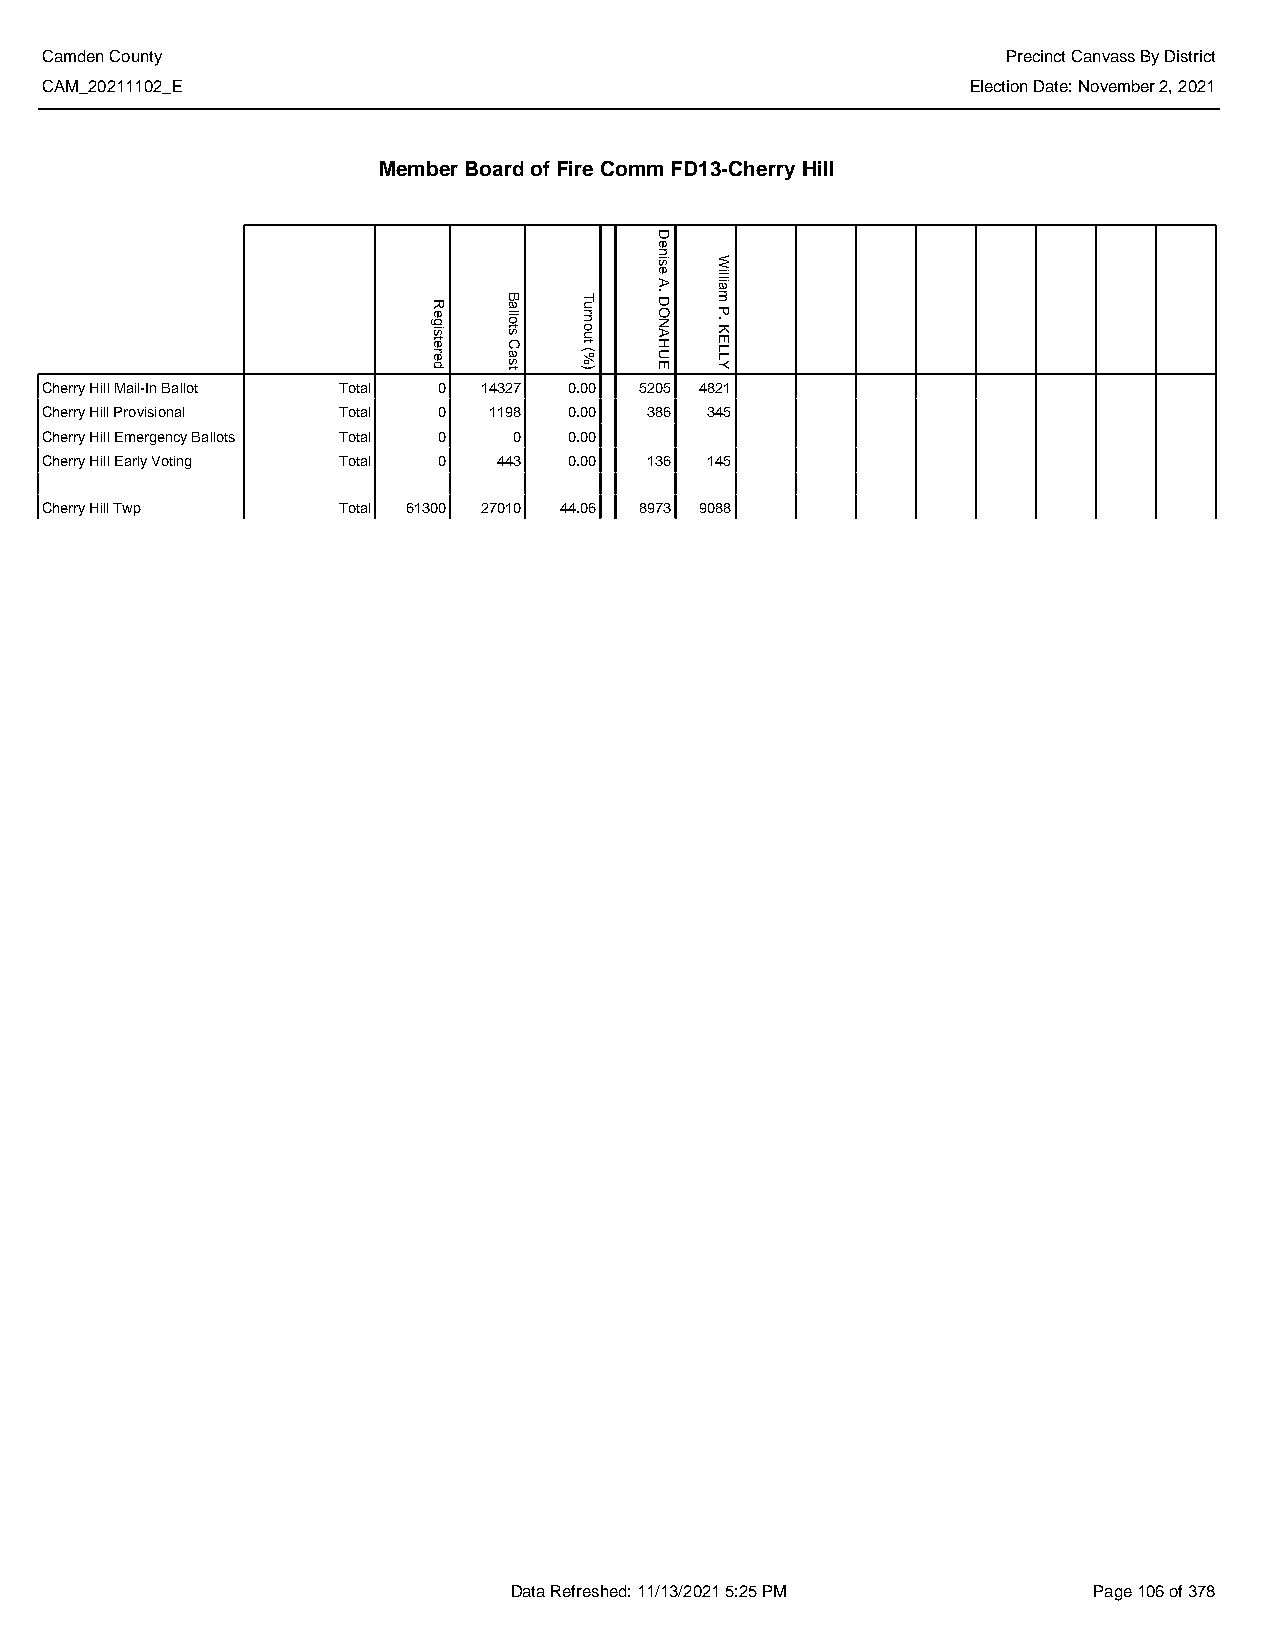
Camden County                                                   Precinct Canvass By District
 CAM_20211102_E                                               Election Date: November 2, 2021
 Member Board of Fire Comm FD13-Cherry Hill
 Cherry Hill Mail-In Ballot Total 0 14327 0.00 5205 4821
 Cherry Hill Provisional Total 0 1198 0.00 386 345
 Cherry Hill Emergency Ballots Total 0 0 0.00
 Cherry Hill Early Voting Total 0 443 0.00 136 145
 Cherry Hill Twp    Total 61300 27010 44.06 8973 9088
 Data Refreshed: 11/13/2021 5:25 PM    Page 106 of 378
 Registered Ballots
 Cast
 Turnout
 (%)
 Denise
 A.
 DONAHUE
 William
 P.
 KELLY